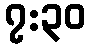
၇:၃၀